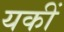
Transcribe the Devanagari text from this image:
यकीं